Report on sanitation, dispensaries, and jails in Rajputana for 1918, and on vaccination for the year 1918-1919 - 1918-1919
Year: 1918
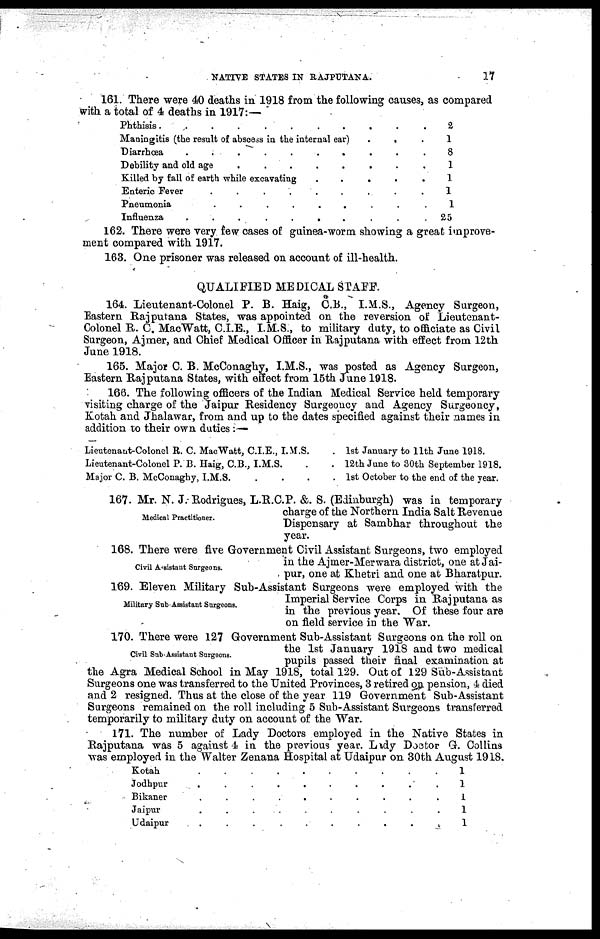
NATIVE STATES IN RAJPUTANA.
17
161. There were 40 deaths in 1918 from the following causes, as compared
with a total of 4 deaths in 1917:—
Phthisis..........
Maningitis (the result of abscess in the internal ear)
...
Diarrhœa
..........
Debility and old age ........
Killed by fall of earth while excavating
.....
Enteric Fever
.........
Pneumonia
........
Influenza
..........
2
1
8
1
1
1
1
25
162. There were very few cases of guinea-worm showing a great improve-
ment compared with 1917.
163. One prisoner was released on account of ill-health.
QUALIFIED MEDICAL STAFF.
164. Lieutenant-Colonel P. B. Haig, C.B., I.M.S., Agency Surgeon,
Eastern Rajputana States, was appointed on the reversion of Lieutenant-
Colonel R. C. MacWatt, C.I.E., I.M.S., to military duty, to officiate as Civil
Surgeon, Ajmer, and Chief Medical Officer in Rajputana with effect from 12th
June 1918.
165. Major C. B. McConaghy, I.M.S., was posted as Agency Surgeon,
Eastern Rajputana States, with effect from 15th June 1918.
166. The following officers of the Indian Medical Service held temporary
visiting charge of the Jaipur Residency Surgeoucy and Agency Surgeoncy,
Kotah and Jhalawar, from and up to the dates specified against their names in
addition to their own duties :—
Lieutenant-Colonel R. C. Mac Watt, C.I.E., I.M.S. .
Lieutenant-Colonel P. B. Haig, C.B., I.M.S. ..
Major C. B. McConaghy, I.M.S. ...
1st January to 11th June 1918.
12th June to 30th September 1918.
1st October to the end of the year.
Medical Practitioner.
167. Mr. N. J. Rodrigues, L.R.C.P. &. S. (Edinburgh) was in temporary
charge of the Northern India Salt Revenue
Dispensary at Sambhar throughout the
year.
Civil Assistant Surgeons.
168. There were five Government Civil Assistant Surgeons, two employed
in the Ajmer-Merwara district, one at Jai-
pur, one at Khetri and one at Bharatpur.
Military Sub-Assistant Surgeons.
169. Eleven Military Sub-Assistant Surgeons were employed with the
Imperial Service Corps in Rajputana as
in the previous year. Of these four are
on field service in the War.
Civil Sub-Assistant Surgeons.
170. There were 127 Government Sub-Assistant Surgeons on the roll on
the 1st January 1918 and two medical
pupils passed their final examination at
the Agra Medical School in May 1918, total 129. Out of 129 Sub-Assistant
Surgeons one was transferred to the United Provinces, 3 retired on pension, 4 died
and 2 resigned. Thus at the close of the year 119 Government Sub-Assistant
Surgeons remained on the roll including 5 Sub-Assistant Surgeons transferred
temporarily to military duty on account of the War.
171. The number of Lady Doctors employed in the Native States in
Rajputana was 5 against 4 in the previous year. Lady Doctor G. Collins
was employed in the Walter Zenana Hospital at Udaipur on 30th August 1918.
Kotah
Jodhpur ..........
Bikaner ..........
Jaipur
..........
Udaipur
..........
1
1
1
1
1